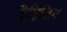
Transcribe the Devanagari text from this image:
हैडिलिंग